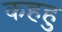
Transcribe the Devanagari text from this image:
कहहु